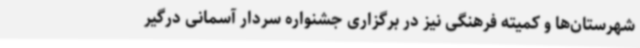
شهرستان‌ها و کمیته فرهنگی نیز در برگزاری جشنواره سردار آسمانی درگیر